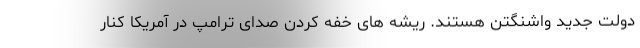
دولت جدید واشنگتن هستند. ریشه های خفه کردن صدای ترامپ در آمریکا کنار